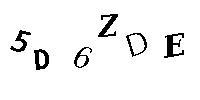
5D6ZDE